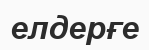
елдерғе